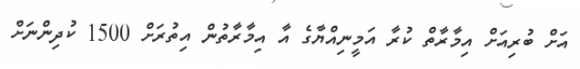
އަށް ބުރިއަށް އިމާރާތް ކުރާ އަމީނިއްޔާގެ އާ އިމާރާތުން އިތުރަށް 1500 ކުދިންނަށް